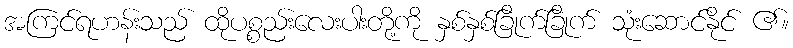
အကြင်ရဟန်းသည် ထိုပစ္စည်းလေးပါးတို့ကို နှစ်နှစ်ခြိုက်ခြိုက် သုံးဆောင်နိုင် ၏။